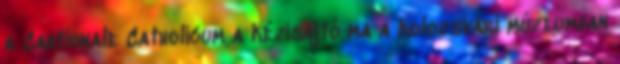
a Cantionale Catholicum a kézisajtó ma a kolozsvári múzeumban